Annual vaccination report of Bihar and Orissa - 1911-1928
Year: 1911
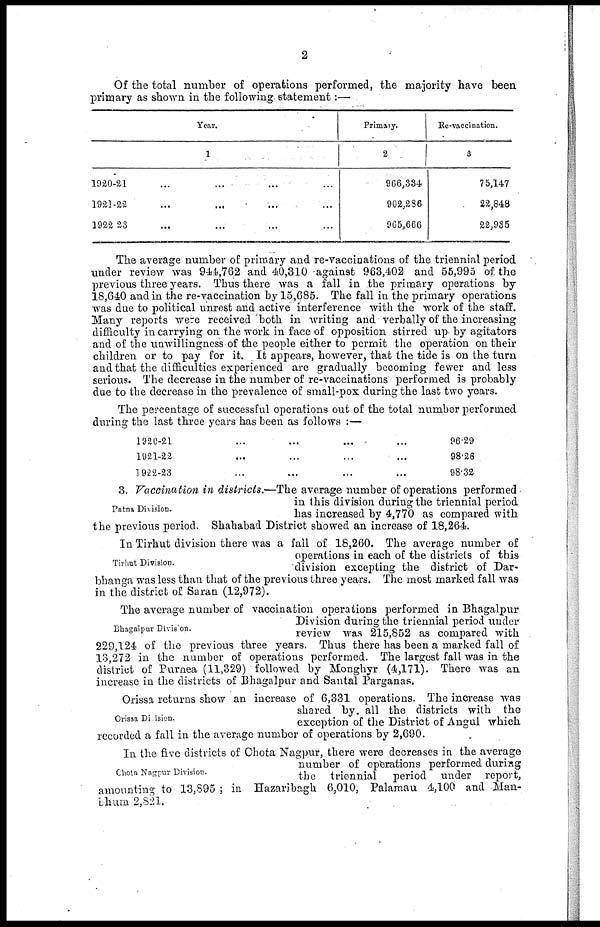
2
Of the total number of operations performed, the majority have been
primary as shown in the following statement:—
Year.
1
1920-21 ... ... ... ...
1921-22 ... ... ... ...
1922 23 ... ... ... ...
Primary.
2
966,334
902,286
965,666
Re-vaccination.
3
75,147
22,848
22,935
The average number of primary and re-vaccinations of the triennial period
under review was 944,762 and 40,310 against 963,402 and 55,995 of the
previous three years. Thus there was a fall in the primary operations by
18,640 and in the re-vaccination by 15,685. The fall in the primary operations
was due to political unrest and active interference with the work of the staff.
Many reports were received both in writing and verbally of the increasing
difficulty in carrying on the work in face of opposition stirred up by agitators
and of the unwillingness of the people either to permit the operation on their
children or to pay for it. It appears, however, that the tide is on the turn
and that the difficulties experienced are gradually becoming fewer and less
serious. The decrease in the number of re-vaccinations performed is probably
due to the decrease in the prevalence of small-pox during the last two years.
The percentage of successful operations out of the total number performed
during the last three years has been as follows :—
1920-21 ... ... ... ...
1921-22 ... ... ... ...
1922-23 ... ... ... ...
96.29
98.26
98.32
Patna Division.
3. Vaccination in districts.—The average number of operations performed
in this division during the triennial period
has increased by 4,770 as compared with
the previous period. Shahabad District showed an increase of 18,264.
Tirhut Division.
In Tirhut division there was a fall of 18,260. The average number of
operations in each of the districts of this
division excepting the district of Dar-
bhanga was less than that of the previous three years. The most marked fall was
in the district of Saran (12,972).
Bhagalpur Division.
The average number of vaccination operations performed in Bhagalpur
Division during the triennial period under
review was 215,852 as compared with
229,124 of the previous three years. Thus there has been a marked fall of
13,272 in the number of operations performed. The largest fall was in the
district of Purnea (11,329) followed by Monghyr (4,171). There was an
increase in the districts of Bhagalpur and Santal Parganas.
Orissa Division.
Orissa returns show an increase of 6,331 operations. The increase was
shared by all the districts with the
exception of the District of Angul which
recorded a fall in the average number of operations by 2,690.
Chota Nagpur Division.
In the five districts of Chota Nagpur, there were decreases in the average
number of operations performed during
the triennial period under report,
amounting to 13,895 ; in Hazaribagh 6,010, Palamau 4,100 and Man-
bhum 2,821.